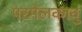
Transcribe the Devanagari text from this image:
परमेलकावु